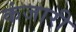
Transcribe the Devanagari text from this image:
कंजारी